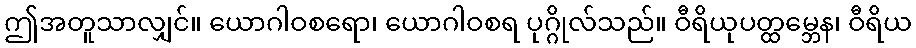
ဤအတူသာလျှင်။ ယောဂါဝစရော၊ ယောဂါဝစရ ပုဂ္ဂိုလ်သည်။ ဝီရိယုပတ္ထမ္ဘေန၊ ဝီရိယ